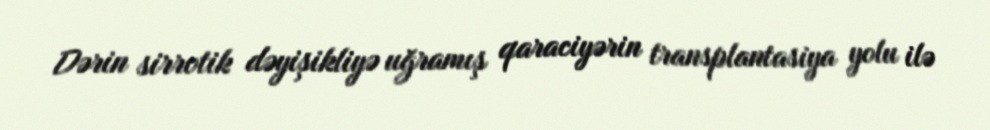
Dərin sirrotik dəyişikliyə uğramış qaraciyərin transplantasiya yolu ilə